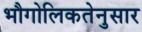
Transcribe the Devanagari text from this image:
भौगोलिकतेनुसार